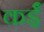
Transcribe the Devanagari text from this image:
कईँ